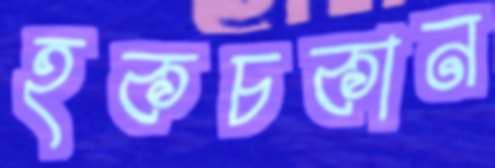
হকচকান